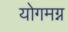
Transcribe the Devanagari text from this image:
योगमग्न